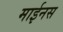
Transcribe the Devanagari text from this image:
माईनस